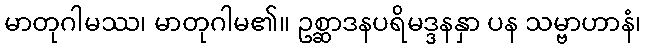
မာတုဂါမဿ၊ မာတုဂါမ၏။ ဥစ္ဆာဒနပရိမဒ္ဒနနှာ ပန သမ္ဗာဟာနံ၊